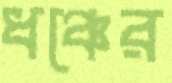
ধঞ্চের